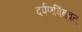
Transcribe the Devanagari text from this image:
दर्पणबिंबवत्